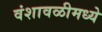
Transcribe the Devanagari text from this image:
वंशावळीमध्ये